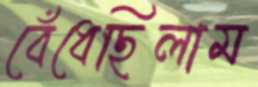
বেঁধেছিলাম